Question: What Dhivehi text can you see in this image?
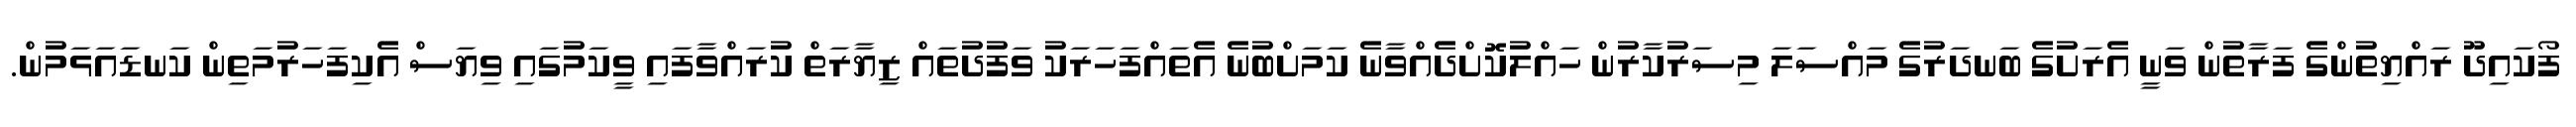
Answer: ފޯކައިދޫ ރައްޔިތުންގެ ފަރާތުން ވަނީ އެރަށުގެ ބަނދަރުގެ މައްސަލަ މިސަރުކާރުން ހައްލުކޮށްދެއްވާނެ ކަމަށްބުނެ އެތައްފަހަރަކު ވަފުދުތައް ޒިޔާރަތް ކުރައްވާފައި ވީކަމުގައި ވިޔަސް އެކިފަހަރުމަތިން ކަނޑައަޅަމުން.